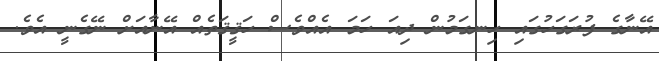
އޭނާގެ ފުރަގަހުގައި ހިނގަމުން ދިއަ ހަމަ އެއްވެސް ހަޤީޤަތެއް އޭނާއަށް ނޭގެނީ އެވެ.